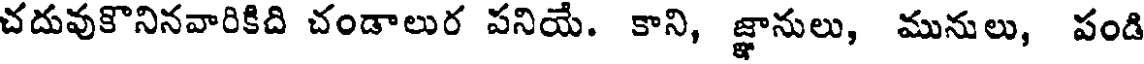
చదువుకొనినవారికిది చండాలుర పనియే. కాని, జ్ఞానులు, మునులు, పండి